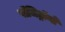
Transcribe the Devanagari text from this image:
पॉजिट्रॉनों